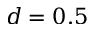
d = 0 . 5